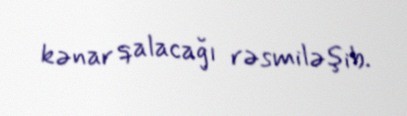
kənar qalacağı rəsmiləşib.